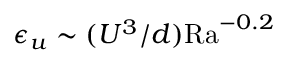
\epsilon _ { u } \sim ( U ^ { 3 } / d ) \mathrm { R a } ^ { - 0 . 2 }